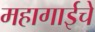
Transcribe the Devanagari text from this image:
महागाईचे